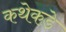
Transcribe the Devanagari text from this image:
कथेकडे